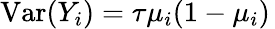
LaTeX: \operatorname{Var}(Y_{i})=\tau\mu_{i}(1-\mu_{i})\,